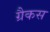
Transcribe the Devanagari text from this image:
ग्रैकस